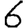
Digit: 6